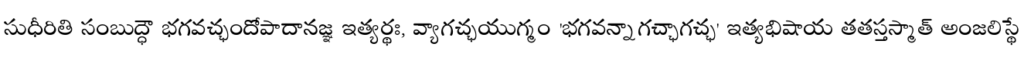
సుధీరితి సంబుద్ధౌ భగవచ్ఛందోపాదానజ్ఞ ఇత్యర్థః, వ్యాగచ్ఛయుగ్మం 'భగవన్నాగచ్ఛాగచ్ఛ' ఇత్యభిషాయ తతస్తస్మాత్ అంజలిస్థే